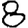
Digit: 8